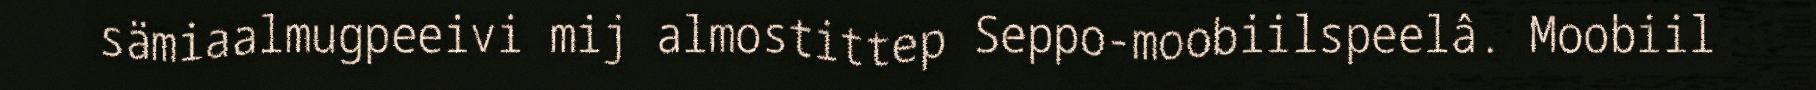
sämiaalmugpeeivi mij almostittep Seppo-moobiilspeelâ. Moobiil